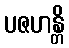
ပဇဟန္တိ